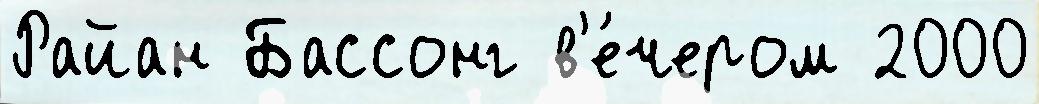
Райан Бассонг в'е́чером 2000